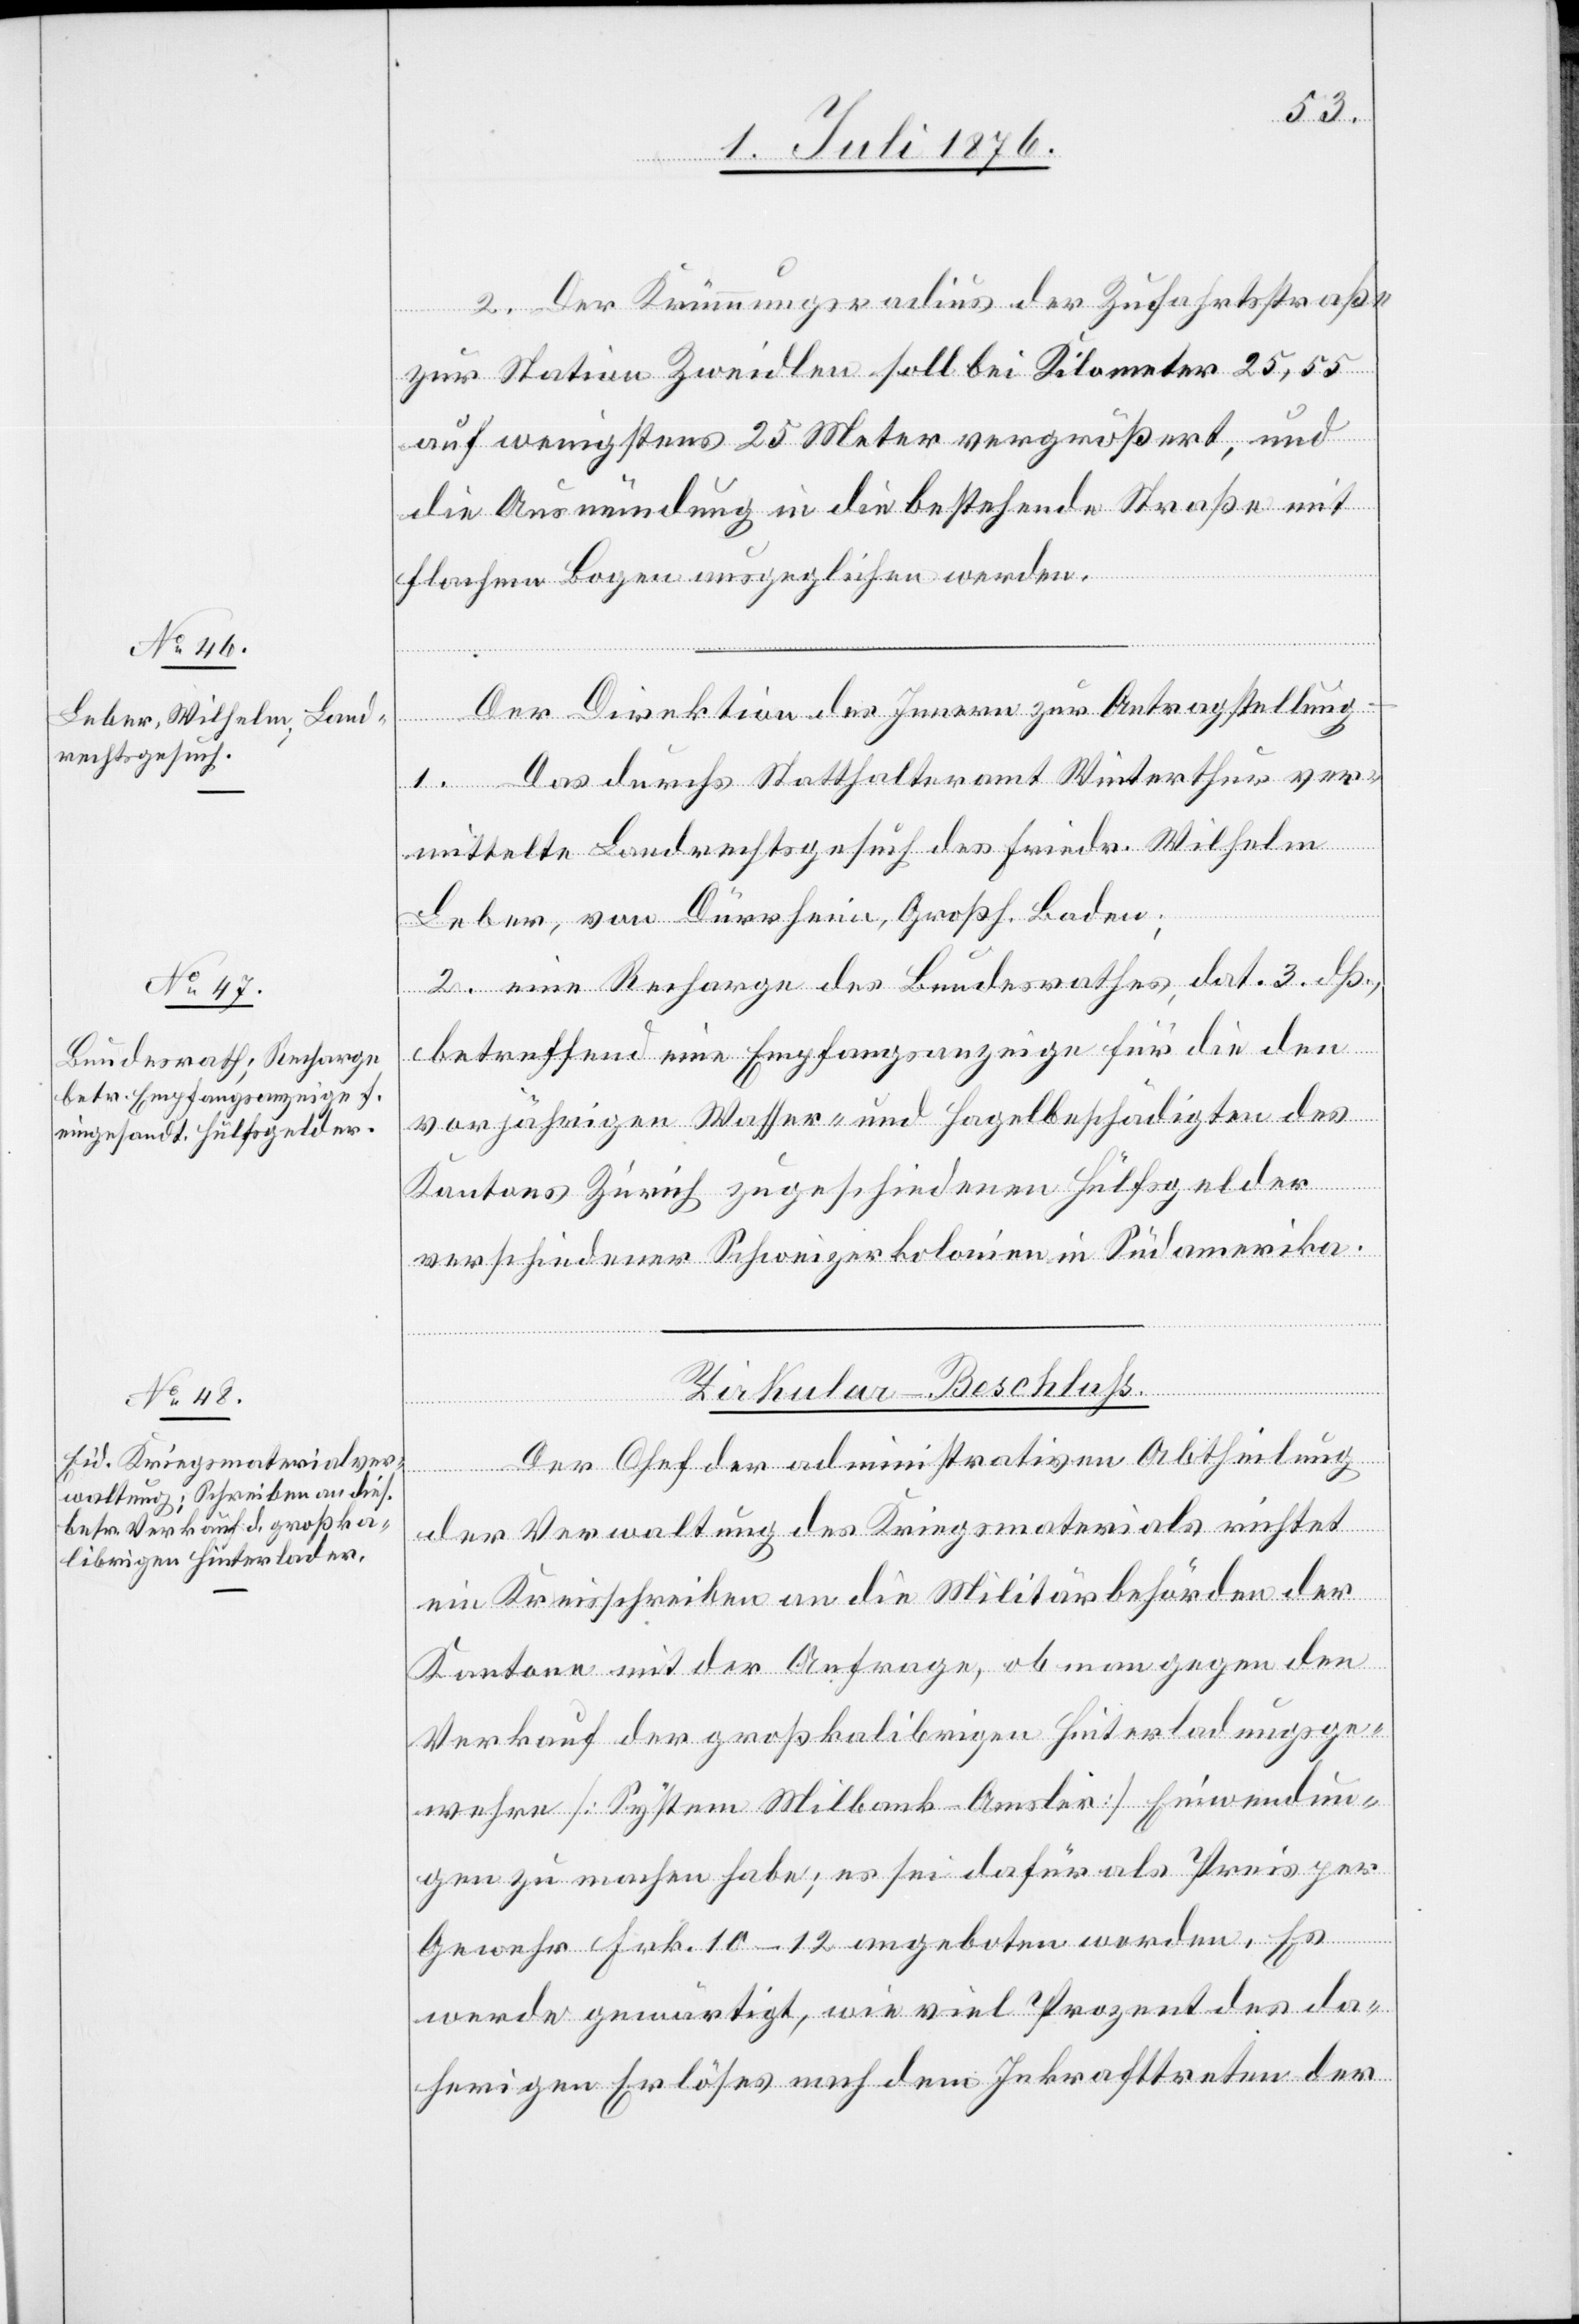
5. Juli 1876.]
2. Der Krümmungsradius der Zufahrtsstraße
zur Station Zweidlen soll bei Kilometer 25,55
auf wenigstens 25 Meter vergrößert, und
die Ausmündung in die bestehende Straße mit
flachem Bogen ausgeglichen werden.
Der Direktion des Innern zur Antragstellung
1. Das durchs Statthalteramt Winterthur ver¬
mittelte Landrechtsgesuch des Fried. Wilhelm
Leber, von Dürrheim, Großh. Baden;
2. eine Recharge des Bundesrathes, dat. 3. dß.,
betreffend eine Empfangsanzeige für die den
vorjährigen Wasser- und Hagelbeschädigten des
Kantons Zürich zugeschiedenen Hülfsgelder
verschiedener Schweizerkolonien in Südamerika.
Zirkular-Beschluss.
Der Chef der administrativen Abtheilung
der Verwaltung des Kriegsmaterials richtet
ein Kreisschreiben an die Militärbehörden der
Kantone mit der Anfrage, ob man gegen den
Verkauf der großkalibrigen Hinterladungsge¬
wehre [System Milbank-Amsler] Einwendun¬
gen zu machen habe; es sei dafür als Preis per
Gewehr Frk. 10–12 angeboten worden. Es
werde gewärtigt, wie viel Prozent des da¬
herigen Erlöses nach dem Inkrafttreten der